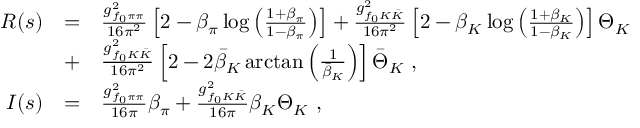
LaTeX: \begin{array} { r c l } { { R ( s ) } } & { { = } } & { { \frac { g _ { f _ { 0 } \pi \pi } ^ { 2 } } { 1 6 \pi ^ { 2 } } \left[ 2 - \beta _ { \pi } \log \left( \frac { 1 + \beta _ { \pi } } { 1 - \beta _ { \pi } } \right) \right] + \frac { g _ { f _ { 0 } K \bar { K } } ^ { 2 } } { 1 6 \pi ^ { 2 } } \left[ 2 - \beta _ { K } \log \left( \frac { 1 + \beta _ { K } } { 1 - \beta _ { K } } \right) \right] \Theta _ { K } } } \\ { { } } & { { + } } & { { \frac { g _ { f _ { 0 } K \bar { K } } ^ { 2 } } { 1 6 \pi ^ { 2 } } \left[ 2 - 2 \bar { \beta } _ { K } \arctan \left( \frac { 1 } { \bar { \beta } _ { K } } \right) \right] \bar { \Theta } _ { K } \ , } } \\ { { I ( s ) } } & { { = } } & { { \frac { g _ { f _ { 0 } \pi \pi } ^ { 2 } } { 1 6 \pi } \beta _ { \pi } + \frac { g _ { f _ { 0 } K \bar { K } } ^ { 2 } } { 1 6 \pi } \beta _ { K } \Theta _ { K } \ , } } \end{array}